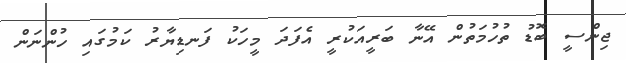
ޖިންސީ ބޮޑު ތުހުމަތުން އޭނާ ބަރީއަކުރީ އެފަދަ މީހަކު ފަނޑިޔާރު ކަމުގައި ހުންނަން